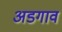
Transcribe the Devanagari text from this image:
अडगाव